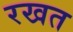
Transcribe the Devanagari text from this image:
रखत